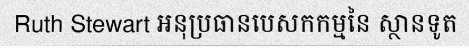
Ruth Stewart អនុប្រធានបេសកកម្មនៃ ស្ថានទូត